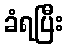
ခံရပြီး